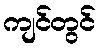
ကျင်တွင်